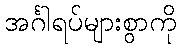
အင်္ဂါရပ်များစွာကို